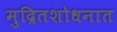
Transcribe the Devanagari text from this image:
मुद्रितशोधनात